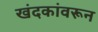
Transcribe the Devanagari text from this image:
खंदकांवरून